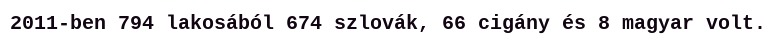
2011-ben 794 lakosából 674 szlovák, 66 cigány és 8 magyar volt.